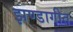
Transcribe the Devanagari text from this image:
झण्डागीत